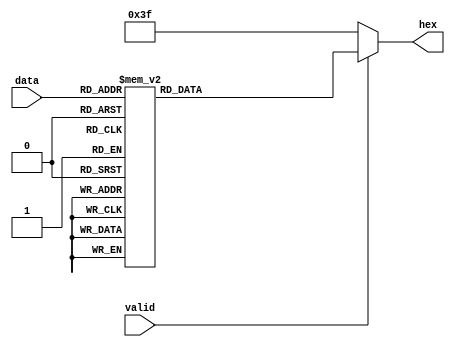
module seg(valid, data, hex);

input [3:0] data;
input valid;
output reg [6:0] hex;

always @(*) begin
    case (data)
        4'h0: hex = 7'b1000000;
        4'h1: hex = 7'b1111001;
        4'h2: hex = 7'b0100100;
        4'h3: hex = 7'b0110000;
        4'h4: hex = 7'b0011001;
        4'h5: hex = 7'b0010010;
        4'h6: hex = 7'b0000010;
        4'h7: hex = 7'b1111000;
        4'h8: hex = 7'b0000000;
        4'h9: hex = 7'b0011000;
        4'ha: hex = 7'b0001000;
        4'hb: hex = 7'b0000011;
        4'hc: hex = 7'b1000110;
        4'hd: hex = 7'b0100001;
        4'he: hex = 7'b0000110;
        4'hf: hex = 7'b0001110;
    endcase
    
    if (!valid)
        hex = 7'b0111111;
end

endmodule
module seg16(data, hexs);

input [1+16-1:0] data;
output [27:0] hexs;

seg(data[16], data[15:12], hexs[27:21]);
seg(data[16], data[11:8], hexs[20:14]);
seg(data[16], data[7:4], hexs[13:7]);
seg(data[16], data[3:0], hexs[6:0]);

endmodule